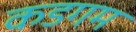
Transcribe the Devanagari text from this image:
कडगम